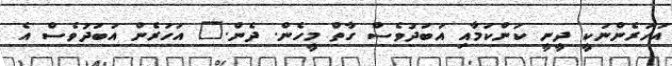
އަހަރެންނަކީ ދީނީ ކަންކަމާއި އަބަދުވެސް ގާތް މީހެން. ދެން." އަހަރެން އަބަދުވެސް އެ